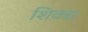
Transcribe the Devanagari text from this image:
शिक्स